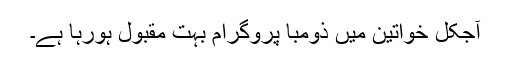
آجکل خواتین میں ذومبا پروگرام بہت مقبول ہورہا ہے۔